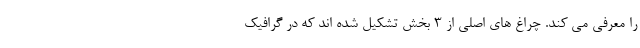
را معرفی می کند. چراغ های اصلی از 3 بخش تشکیل شده اند که در گرافیک